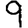
Digit: 9